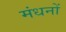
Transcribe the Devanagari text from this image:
मंधनों